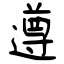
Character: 遵